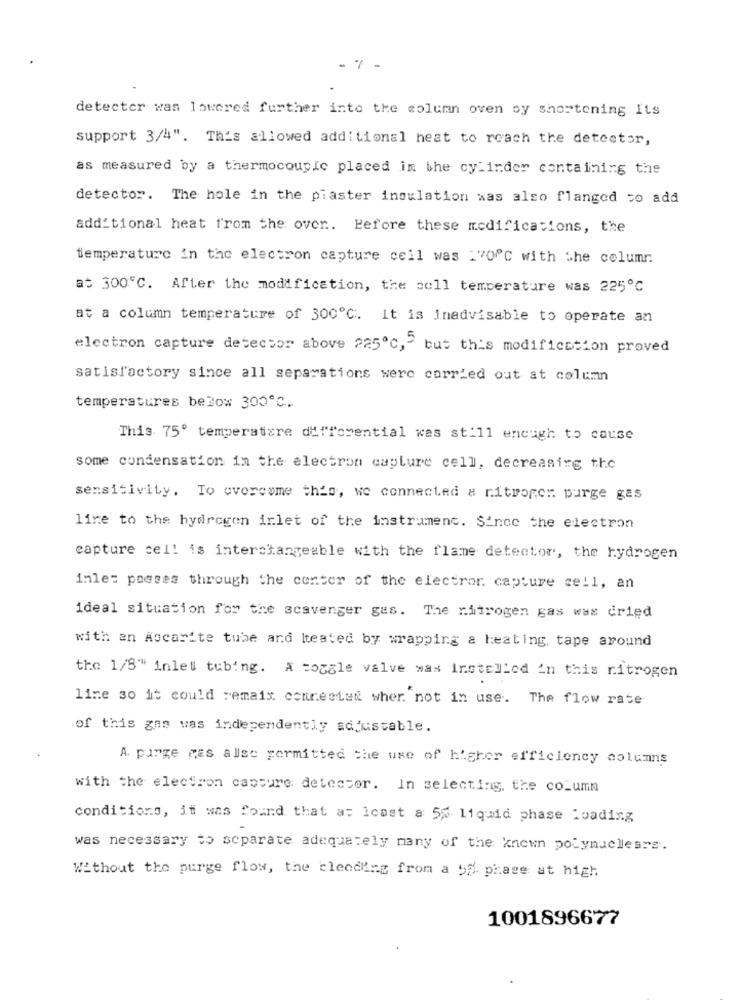
-7 -
detector was lowered further into the column oven sy shortening its
support 3/4". This allowed additional heat to reach the detector,
as measured by a thermocouple placed in the cylinder containing the
detector. The hole in the plaster insulation was also flanged to add
additional heat from the over. Before these modifications, the
temperature in the electron capture cell was :70 ℃ with the columr.
at 300℃. After the modification, the soll temperature was 225℃
at a column temperature of 300℃. It is Inadvisable to operate an
electron capture detector above 225℃, 2 but this modification proved
satisfactory since all separations were carried out at column
temperatures below 3000℃.
This 75º temperature differential was still enough to cause
some condensation in the electron caplure cell, decreasing the
sensitivity. To overcome thio, we connected a nitroger purge gas
lire to the hydrogen irlet of the instrument. Since the electron
capture cell is interchangeable with the flame detector, the hydrogen
inle: passes through the center of the electror capture cell, an
ideal situation for the scavenger gas. The nitrogen gas was dried
with en Ascarite tube and lteated by wrapping & heating, tape around
the 1/8" inlet tubing. A toggle valve was installed in this nitrogen
line so it could remais connected wher. not in use. The flow rate
of this gas was independently sojustable.
A. purge mas allse formitted the use of higher efficiency columns
with the electron capture detector. In selecting, the column
conditions, it was found that as Icast a 5% liquid phase loading
was necessary to separate adequately many of the known potynuclears.
Without the purge flow, the bleeding from a ba phase at high
1001896677